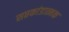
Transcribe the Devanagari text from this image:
सप्तकांडात्मक